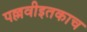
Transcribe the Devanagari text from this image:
पल्लवीइतकाच